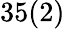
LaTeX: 35(2)